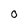
Character: 0